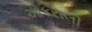
ઓકસલી